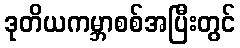
ဒုတိယကမ္ဘာစစ်အပြီးတွင်